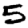
Digit: 5